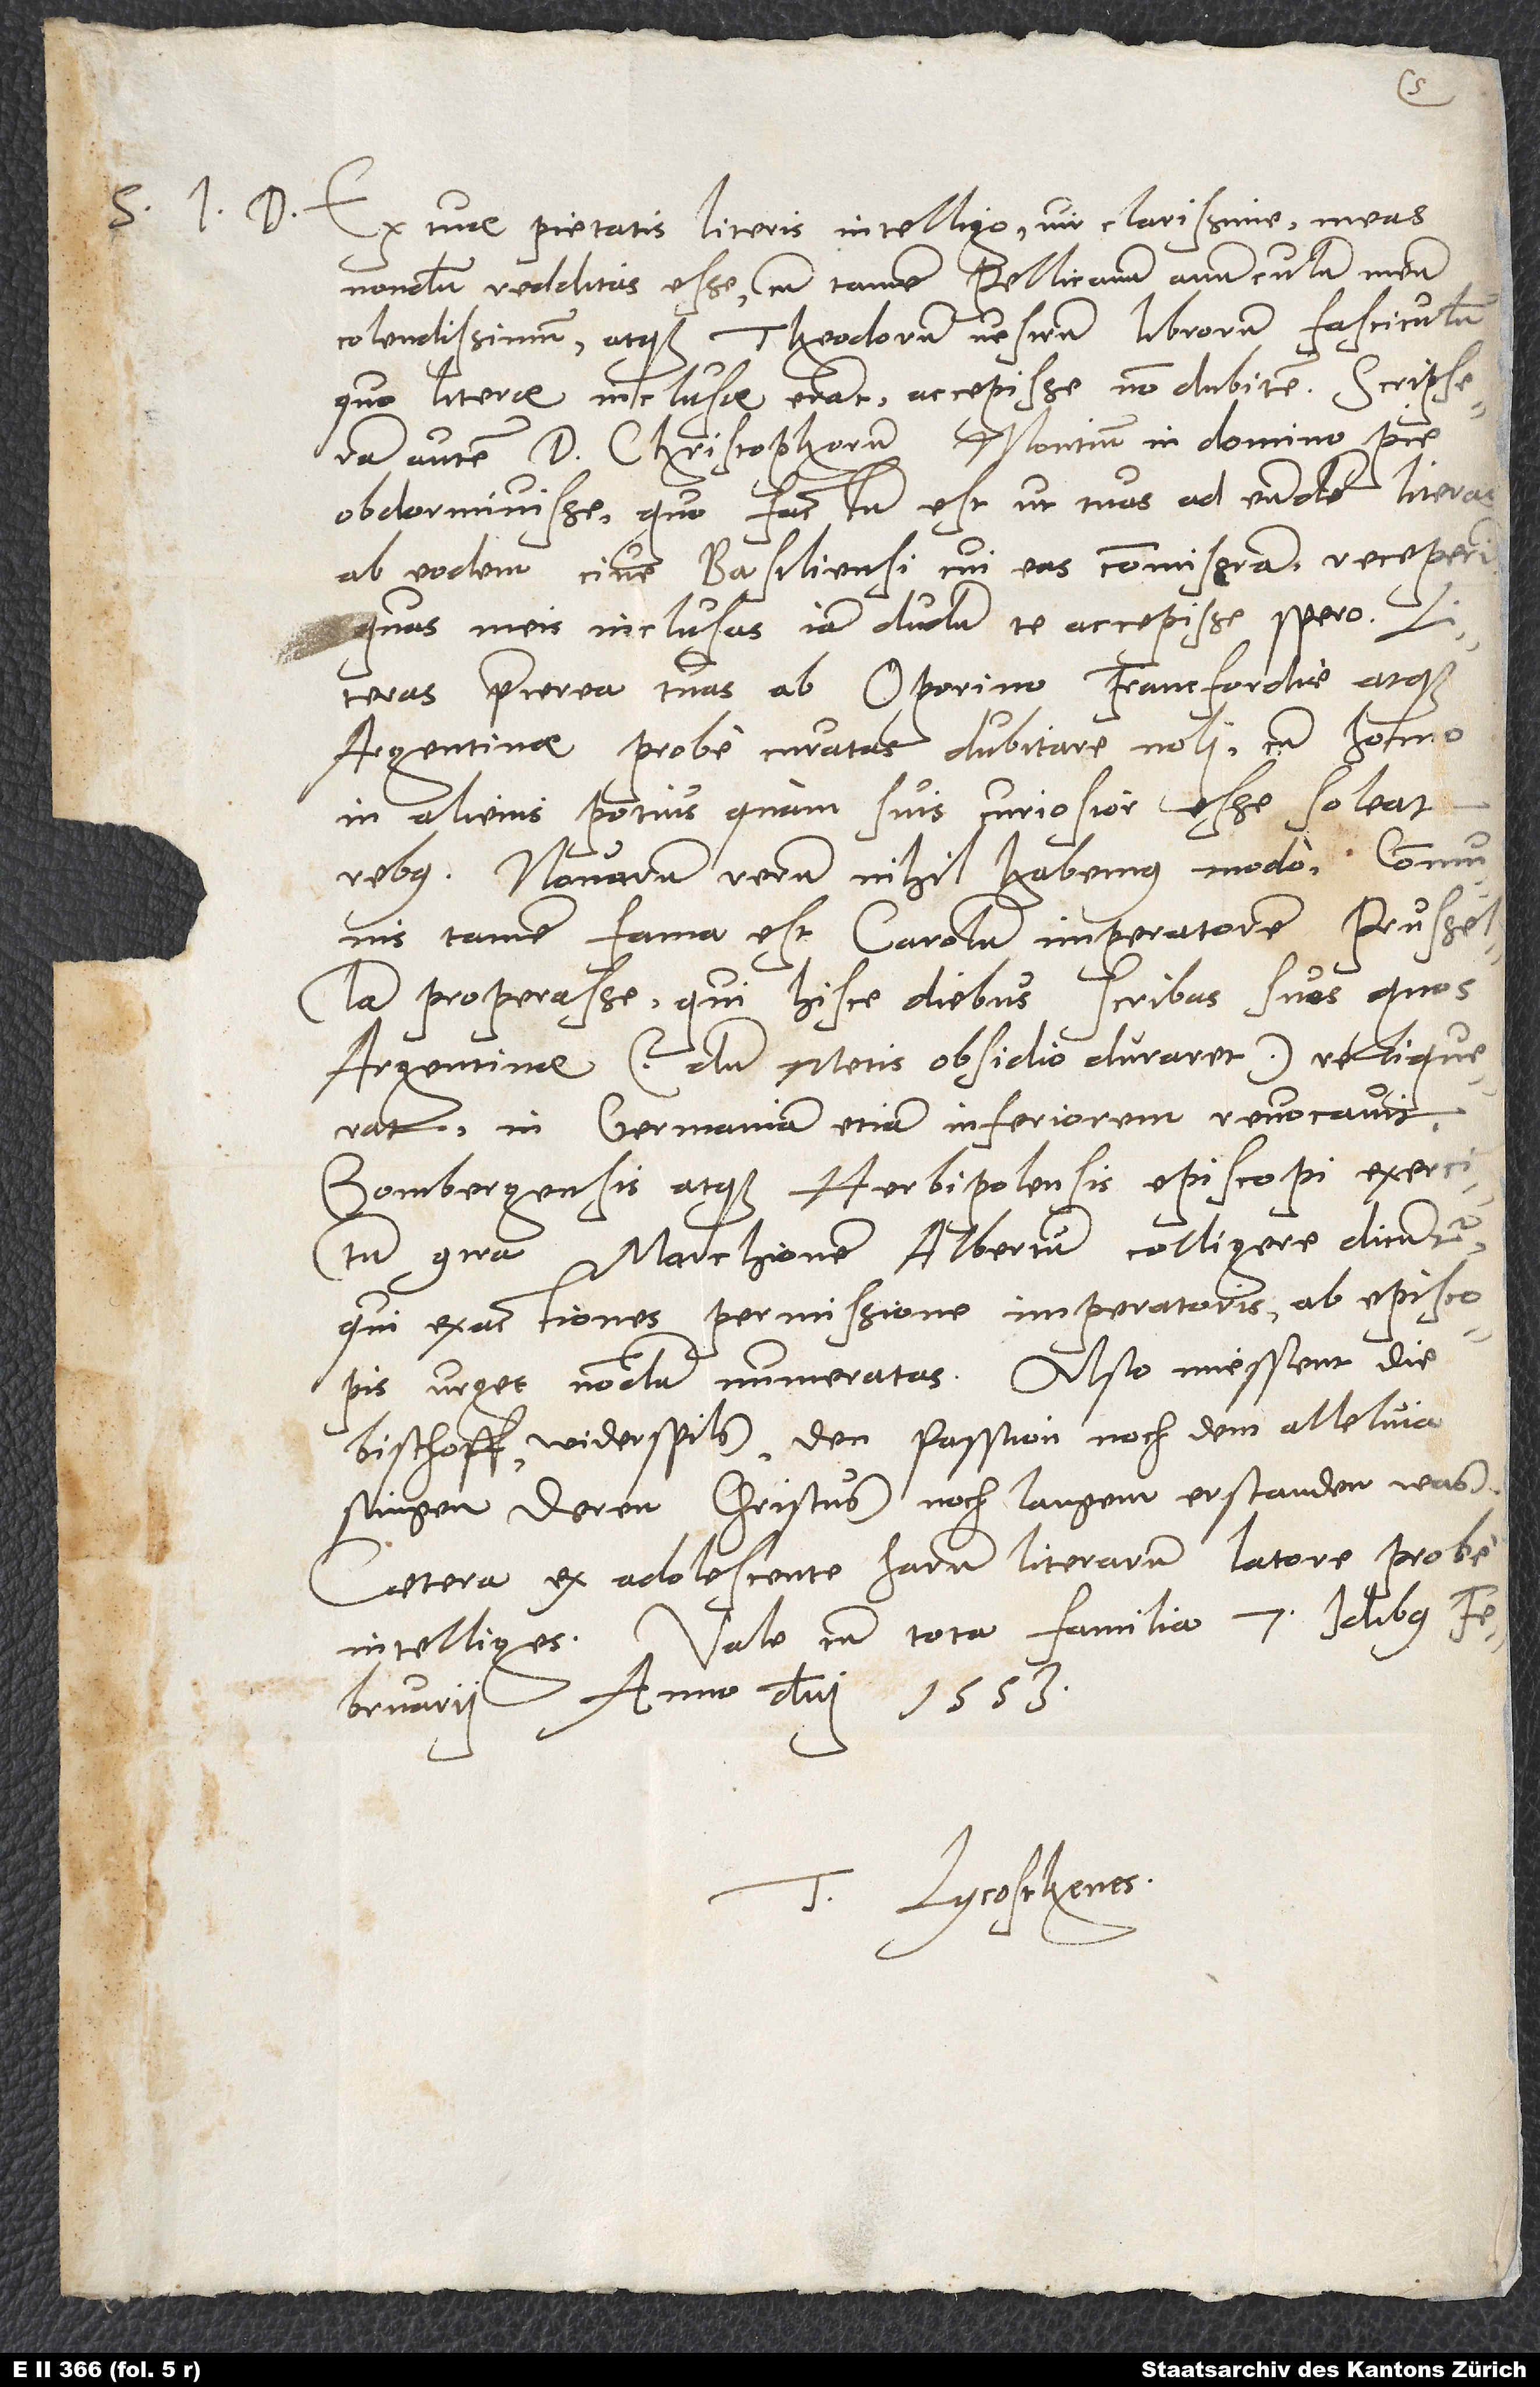
S. I.D. Ex tuae pietatis literis intelligo, vir clarissime, meas
nondum redditas esse, cum tamen Pellicanum, avunculum meum
colendissimum, atque Theodorum vestrum librorum fasciculum,
autem d. Christophorum Montium in domino pie
obdormivisse, quo factum est, ut tuas ad eundem literas
ab eodem cive Basiliensi, cui eas commiseram, receperim,
quas meis inclusas iamdudum te accepisse spero.
praeterea tuas ab Oporino Francfordiae atque
Argentinae probe curatas dubitare noli, cum homo
in alienis potius quam suis curiosior esse soleat
rebus. Novarum rerum nihil habemus modo; communis
tamen fama est Carolum imperatorem Prusellam
properasse, qui hisce diebus scribas suos, quos
Argentinae (dum Metis obsidio duraret) reliquerat,
in Germaniam etiam Inferiorem revocavit.
Bombergensis atque Herbipolensis episcopi exercitum
marchionem Albertum colligere dicuntur,
qui exactiones permissione imperatoris ab episcopis
bischoff widerspils den passion noch dem alleluja
singen, deren Christus noch langem erstanden was.
Caetera ex adolescente harum literarum latore probe
intelliges. Vale cum tota familia. 7. idus
februarii anno domini 1553.
T Lycosthenes.